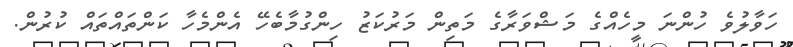
ހަވާލުވެ ހުންނަ މީހެއްގެ މަޝްވަރާގެ މަތިން މަރުކަޒު ހިންގުމާބެހޭ އެންމެހާ ކަންތައްތައް ކުރުން.